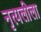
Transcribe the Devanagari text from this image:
नृत्यलीला